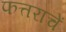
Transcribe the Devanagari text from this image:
फत्तराचें